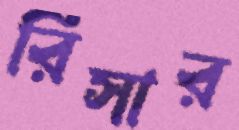
রিসার